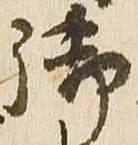
御